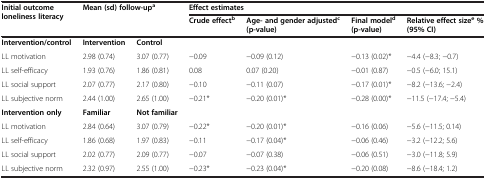
<table><thead><tr><td rowspan="2"><b>Initial outcome loneliness literacy</b></td><td rowspan="2" colspan="2"><b>Mean (sd) follow-up<sup>a</sup></b></td><td colspan="4"><b>Effect estimates</b></td></tr><tr><td><b>Crude effect<sup>b</sup></b></td><td><b>Age- and gender adjusted<sup>c </sup>(p-value)</b></td><td><b>Final model<sup>d </sup>(p-value)</b></td><td><b>Relative effect size<sup>e </sup>% (95% CI)</b></td></tr></thead><tbody><tr><td><b>Intervention/control</b></td><td><b>Intervention</b></td><td><b>Control</b></td><td> </td><td> </td><td> </td><td> </td></tr><tr><td>LL motivation</td><td>2.98 (0.74)</td><td>3.07 (0.77)</td><td>−0.09</td><td>−0.09 (0.12)</td><td>−0.13 (0.02)*</td><td>−4.4 (−8.3; −0.7)</td></tr><tr><td>LL self-efficacy</td><td>1.93 (0.76)</td><td>1.86 (0.81)</td><td>0.08</td><td>0.07 (0.20)</td><td>−0.01 (0.87)</td><td>−0.5 (−6.0; 15.1)</td></tr><tr><td>LL social support</td><td>2.07 (0.77)</td><td>2.17 (0.80)</td><td>−0.10</td><td>−0.11 (0.07)</td><td>−0.17 (0.01)*</td><td>−8.2 (−13.6; −2.4)</td></tr><tr><td>LL subjective norm</td><td>2.44 (1.00)</td><td>2.65 (1.00)</td><td>−0.21*</td><td>−0.20 (0.01)*</td><td>−0.28 (0.00)*</td><td>−11.5 (−17.4; −5.4)</td></tr><tr><td><b>Intervention only</b></td><td><b>Familiar</b></td><td><b>Not familiar</b></td><td> </td><td> </td><td> </td><td> </td></tr><tr><td>LL motivation</td><td>2.84 (0.64)</td><td>3.07 (0.79)</td><td>−0.22*</td><td>−0.20 (0.01)*</td><td>−0.16 (0.06)</td><td>−5.6 (−11.5; 0.14)</td></tr><tr><td>LL self-efficacy</td><td>1.86 (0.68)</td><td>1.97 (0.83)</td><td>−0.11</td><td>−0.17 (0.04)*</td><td>−0.06 (0.46)</td><td>−3.2 (−12.2; 5.6)</td></tr><tr><td>LL social support</td><td>2.02 (0.77)</td><td>2.09 (0.77)</td><td>−0.07</td><td>−0.07 (0.38)</td><td>−0.06 (0.51)</td><td>−3.0 (−11.8; 5.9)</td></tr><tr><td>LL subjective norm</td><td>2.32 (0.97)</td><td>2.55 (1.00)</td><td>−0.23*</td><td>−0.23 (0.04)*</td><td>−0.20 (0.08)</td><td>−8.6 (−18.4; 1.2)</td></tr></tbody></table>